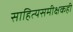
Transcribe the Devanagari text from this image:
साहित्यसमीक्षकही